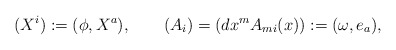
\begin{align*} (X^i) := (\phi,X^a), \qquad (A_i) = (dx^m A_{mi}(x)) := (\omega,e_a),\end{align*}